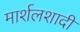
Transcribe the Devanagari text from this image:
मार्शलशादी